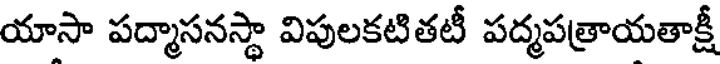
యాసా పద్మాసనస్థా విపులకటితటీ పద్మపత్రాయతాక్షీ